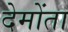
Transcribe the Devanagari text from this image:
देमोंता